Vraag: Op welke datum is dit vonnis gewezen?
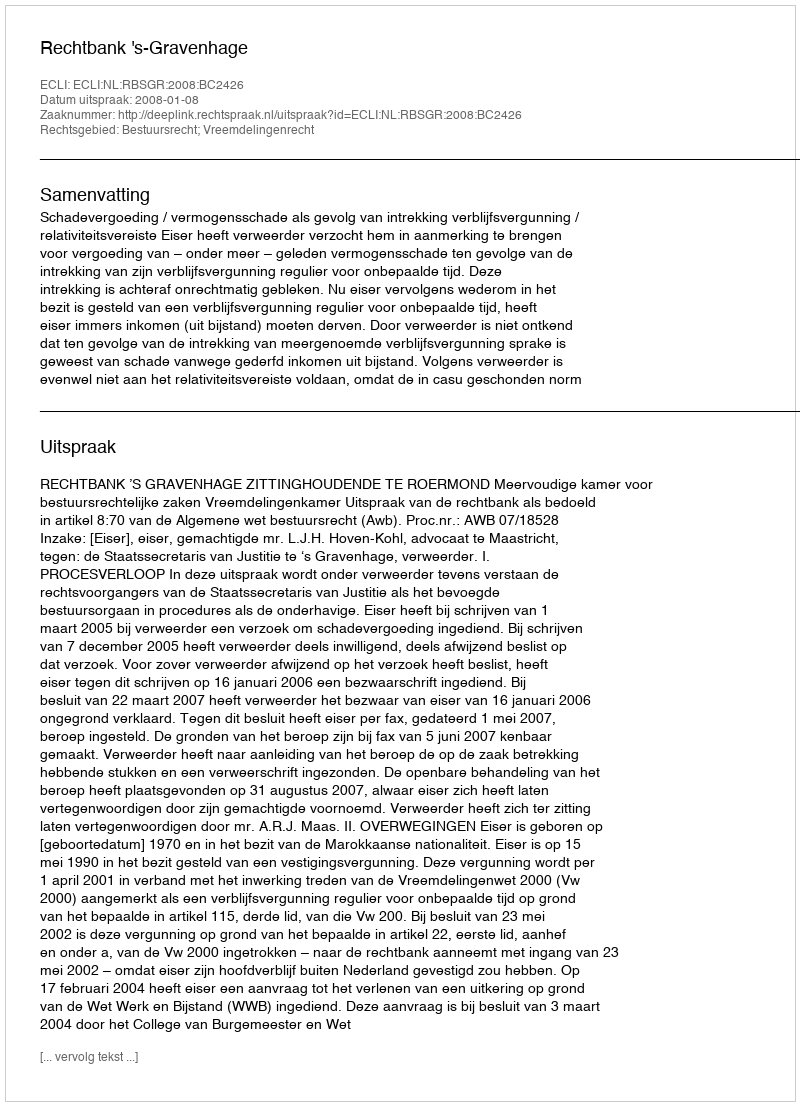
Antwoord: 2008-01-08